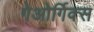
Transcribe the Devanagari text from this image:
गेओर्गिक्स